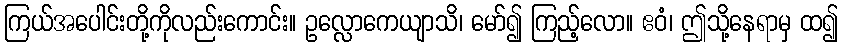
ကြယ်အပေါင်းတို့ကိုလည်းကောင်း။ ဥလ္လောကေယျာသိ၊ မော်၍ ကြည့်လော။ ဧဝံ၊ ဤသို့နေရာမှ ထ၍